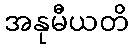
အနုမီယတိ